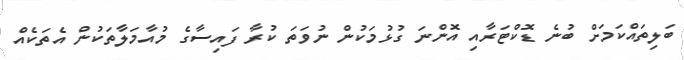
ބަލިތައްކަމަށް ބުނެ ޑޮކްޓަރާއި އޮންނަ ގުޅުމަކުން ނުވަތަ ކުރާ ފައިސާގެ މުއާމަލާތަކުން އެތަކެއް